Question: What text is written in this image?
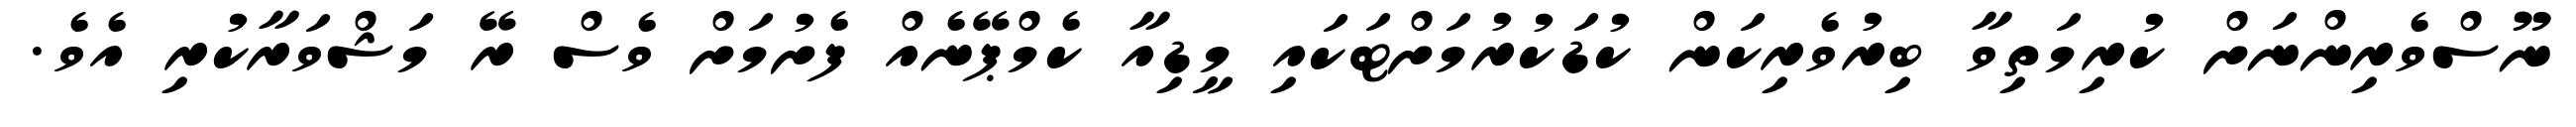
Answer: ނޫސްވެރިންނަށް ކުރިމަތިވާ ބިރުވެރިކަން ކުޑަކުރުމަށްޓަކައި މީޑިއާ ކެމްޕޭނެއް ފެށުމަށް ވެސް ރޭ މަޝްވަރާކުރި އެވެ.